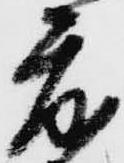
度